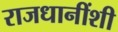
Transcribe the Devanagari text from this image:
राजधानींशी